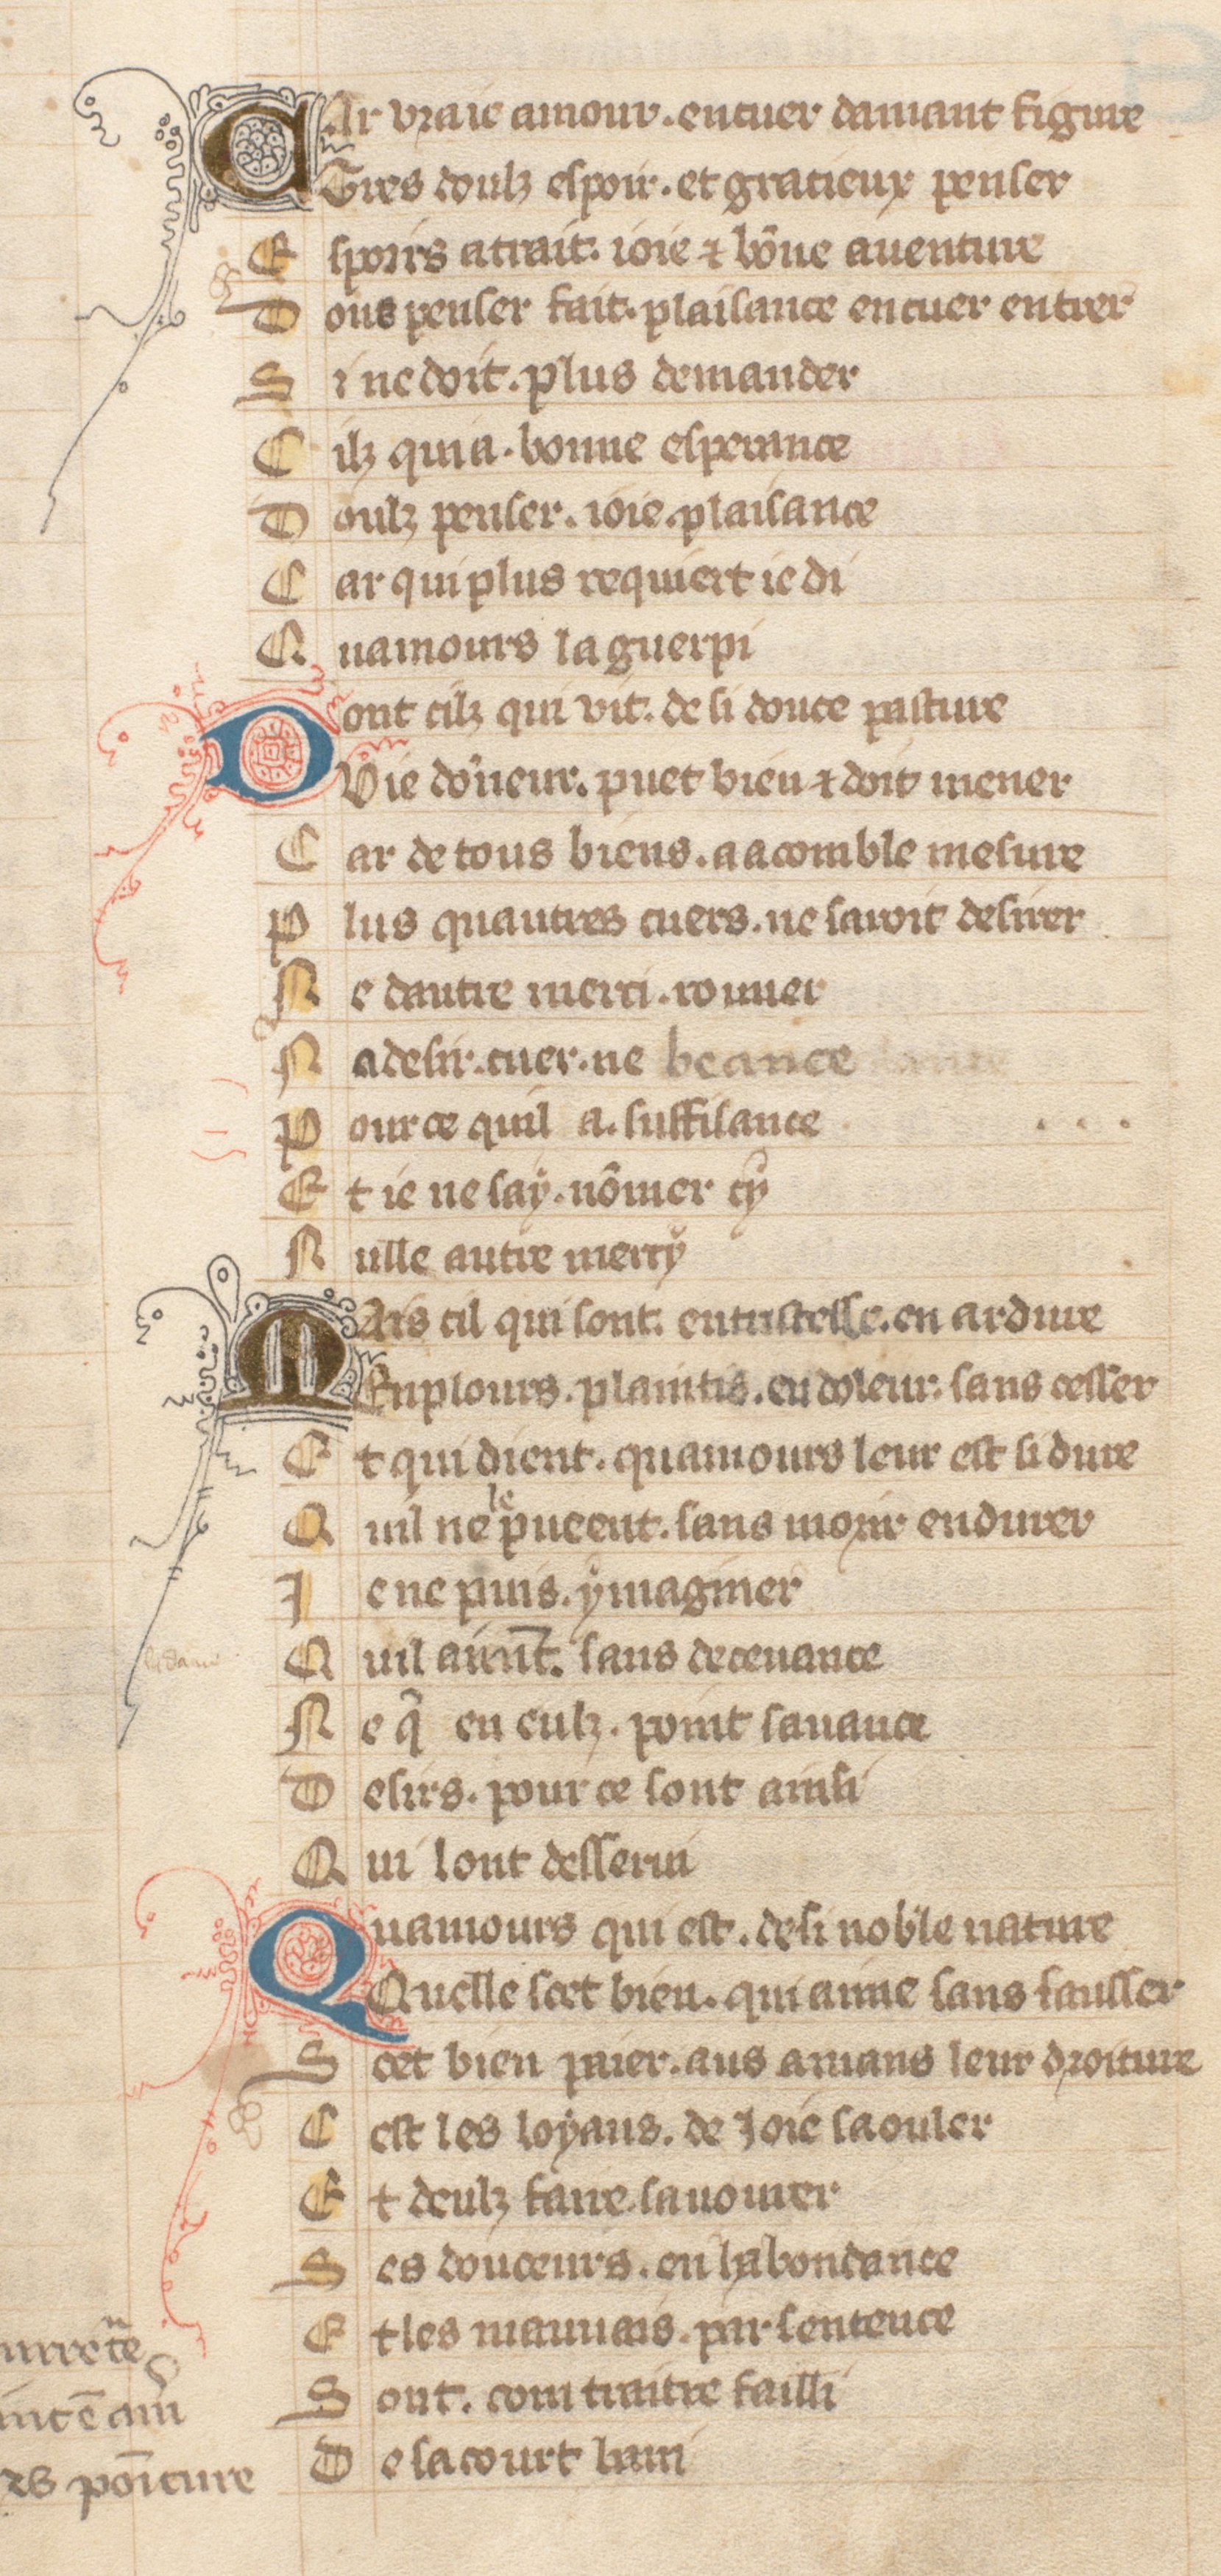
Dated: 1371–1371